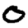
Digit: 0